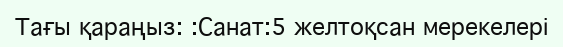
Тағы қараңыз: :Санат:5 желтоқсан мерекелері